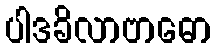
ပါဒခိလာဗာဓော